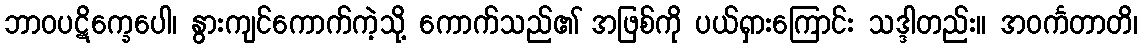
ဘာဝပဋိက္ခေပေါ၊ နွားကျင်ကောက်ကဲ့သို့ ကောက်သည်၏ အဖြစ်ကို ပယ်ရှားကြောင်း သဒ္ဒါတည်း။ အဝင်္ကတာတိ၊